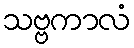
သဗ္ဗကာလံ